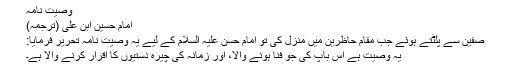
وصیّت نامہ
امام حسین ابن علیؓ (ترجمہ)
صفین سے پلٹتے ہوئے جب مقام حاظرین میں منزل کی تو امام حسن علیہ السلام کے لیے یہ وصیّت نامہ تحریر فرمایا:
یہ وصیّت ہے اس باپ کی جو فنا ہونے والا، اور زمانہ کی چیرہ دستیوں کا اقرار کرنے والا ہے۔